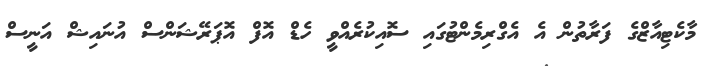
މާކެޓިއާޒްގެ ފަރާތުން އެ އެގްރިމެންޓުގައި ސޮއިކުރެއްވީ ހެޑް އޮފް އޮޕަރޭޝަންސް އުނައިޝް އަނީސް